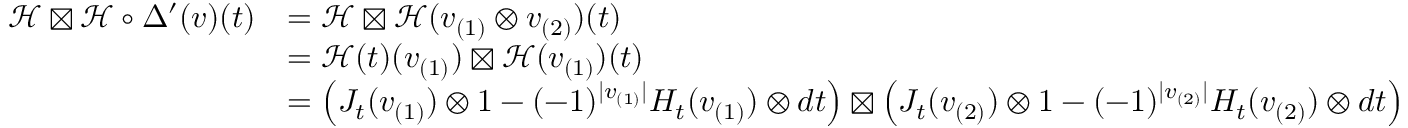
\begin{array} { r l } { \mathcal { H } \boxtimes \mathcal { H } \circ \Delta ^ { \prime } ( v ) ( t ) } & { = \mathcal { H } \boxtimes \mathcal { H } ( v _ { ( 1 ) } \otimes v _ { ( 2 ) } ) ( t ) } \\ & { = \mathcal { H } ( t ) ( v _ { ( 1 ) } ) \boxtimes \mathcal { H } ( v _ { ( 1 ) } ) ( t ) } \\ & { = \left( J _ { t } ( v _ { ( 1 ) } ) \otimes 1 - ( - 1 ) ^ { | v _ { ( 1 ) } | } H _ { t } ( v _ { ( 1 ) } ) \otimes d t \right) \boxtimes \left( J _ { t } ( v _ { ( 2 ) } ) \otimes 1 - ( - 1 ) ^ { | v _ { ( 2 ) } | } H _ { t } ( v _ { ( 2 ) } ) \otimes d t \right) } \end{array}